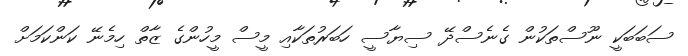
ސަބަބަކީ ނޫސްތަކުން ގެނެސްދޭ ސިޔާސީ ހަބަރުތަކާއި މީސް މީހުންގެ ޒާތް ހިމެނޭ ކަންކަމަށް